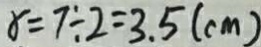
x = 7 \div 2 = 3 . 5 ( c m )